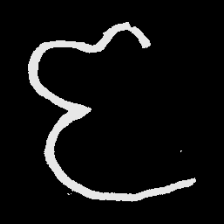
Pyu character \u2014 Myanmar letter: ဇ (romanized: ja)